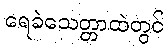
ရေခဲသေတ္တာထဲတွင်